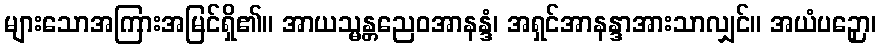
များသောအကြားအမြင်ရှိ၏။ အာယသ္မန္တညေဝအာနန္ဒံ၊ အရှင်အာနန္ဒာအားသာလျှင်။ အယံပဉှော၊